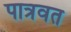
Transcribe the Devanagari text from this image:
पात्रवत